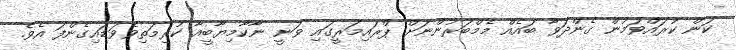
ކަން ކުރައްވަމުން ގެންދަވާ ބައެއް މެމްބަރުންނަށް ޕްރައިމަރީގައި ވަނީ ނާކާމިޔާބީއާ ކުރިމަތިވެވަޑައިގެންފަ އެވެ.